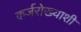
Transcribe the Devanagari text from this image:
कर्जरोख्याशी